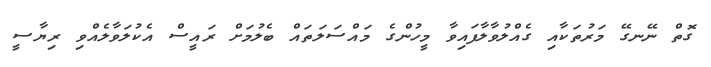
ގޮތް ނޭނގޭ މަރުތަކާއި ގެއްލުވާލާފައިވާ މީހުންގެ މައްސަލަތައް ބެލުމަށް ރައީސް އެކުލަވާލެއްވި ރިޔާސީ